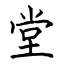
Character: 堂